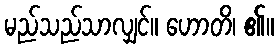
မည်သည်သာလျှင်။ ဟောတိ၊ ၏။